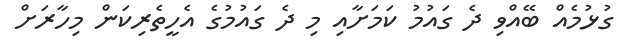
ގުޅުމެއް ބޭއްވި ދެ ގައުމު ކަމަށާއި މި ދެ ގައުމުގެ އެހީތެރިކަން މިހާރަށް